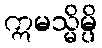
ဣမသ္မိမ္ပိ